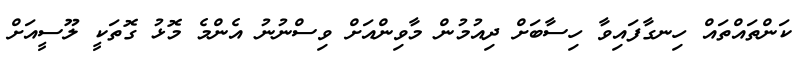
ކަންތައްތައް ހިނގާފައިވާ ހިސާބަށް ދިއުމުން މާވިންއަށް ވިސްނުނު އެންމެ މޮޅު ގޮތަކީ ލޫސީއަށް